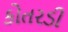
કોતરડી